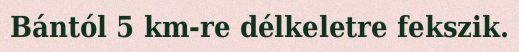
Bántól 5 km-re délkeletre fekszik.